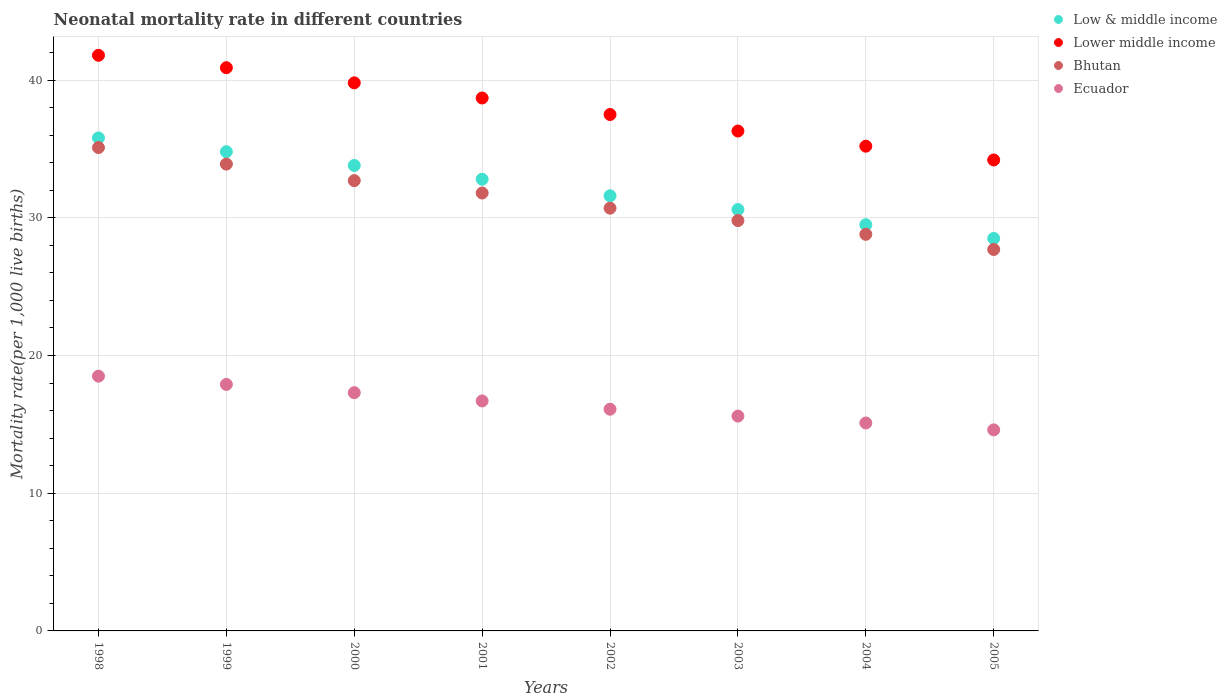
| Years | Low & middle income | Lower middle income | Bhutan | Ecuador |
 | --- | --- | --- | --- | --- |
 | 1998 | 35.8 | 41.8 | 35.1 | 18.5 |
 | 1999 | 34.8 | 40.9 | 33.9 | 17.9 |
 | 2000 | 33.8 | 39.8 | 32.7 | 17.3 |
 | 2001 | 32.8 | 38.7 | 31.8 | 16.7 |
 | 2002 | 31.6 | 37.5 | 30.7 | 16.1 |
 | 2003 | 30.6 | 36.3 | 29.8 | 15.6 |
 | 2004 | 29.5 | 35.2 | 28.8 | 15.1 |
 | 2005 | 28.5 | 34.2 | 27.7 | 14.6 |